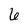
Character: 6